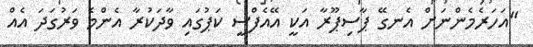
"އަހަރެމެންނަށް އެނގޭ ޕާސިޕޫރާ އަކީ އޭއެފްސީ ކަޕުގައި ވާދަކުރާ އެންމެ ވަރުގަދަ އެއް